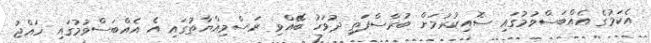
އެކަމުގެ އެއްބަސްވުމުގައި ސޮއިކުރުމަށް ބުރާސްފަތި ދުވަހު ބޭޭއްވި ރަސްމިއްޔާތުގައި އެ އެއްބަސްވުމުގައި ހައްޖު